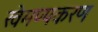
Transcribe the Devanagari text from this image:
खेमप्पकरण